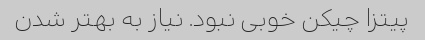
پیتزا چیکن خوبی نبود. نیاز به بهتر شدن